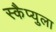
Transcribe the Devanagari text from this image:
स्कैप्युला